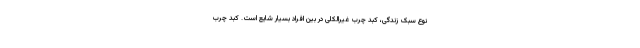
نوع سبک زندگی، کبد چرب غیرالکلی در بین افراد بسیار شایع است. کبد چرب